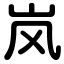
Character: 岚